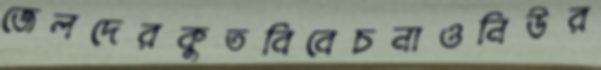
জেলদেরকুতবিবেচনাওনিউর